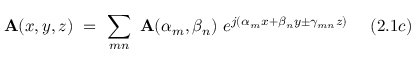
\mathbf { A } ( x , y , z ) ~ = ~ \sum _ { m n } ~ \mathbf { A } ( \alpha _ { m } , \beta _ { n } ) ~ e ^ { j ( \alpha _ { m } x + \beta _ { n } y \pm \gamma _ { m n } z ) } ~ ~ ~ ~ ( 2 . 1 c )